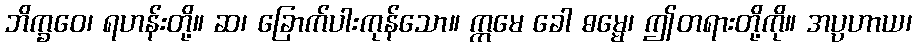
ဘိက္ခဝေ၊ ရဟန်းတို့။ ဆ၊ ခြောက်ပါးကုန်သော။ ဣမေ ခေါ ဓမ္မေ၊ ဤတရားတို့ကို။ အပ္ပဟာယ၊